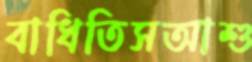
বাধিতিসআশু